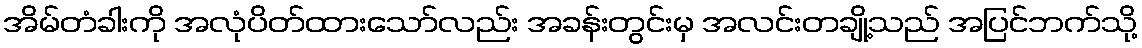
အိမ်တံခါးကို အလုံပိတ်ထားသော်လည်း အခန်းတွင်းမှ အလင်းတချို့သည် အပြင်ဘက်သို့